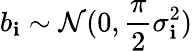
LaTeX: b_{\mathbf{i}}\sim\mathcal{{N}}(0,\frac{{\pi}}{{2}}\sigma_{\mathbf{i}}^{2})